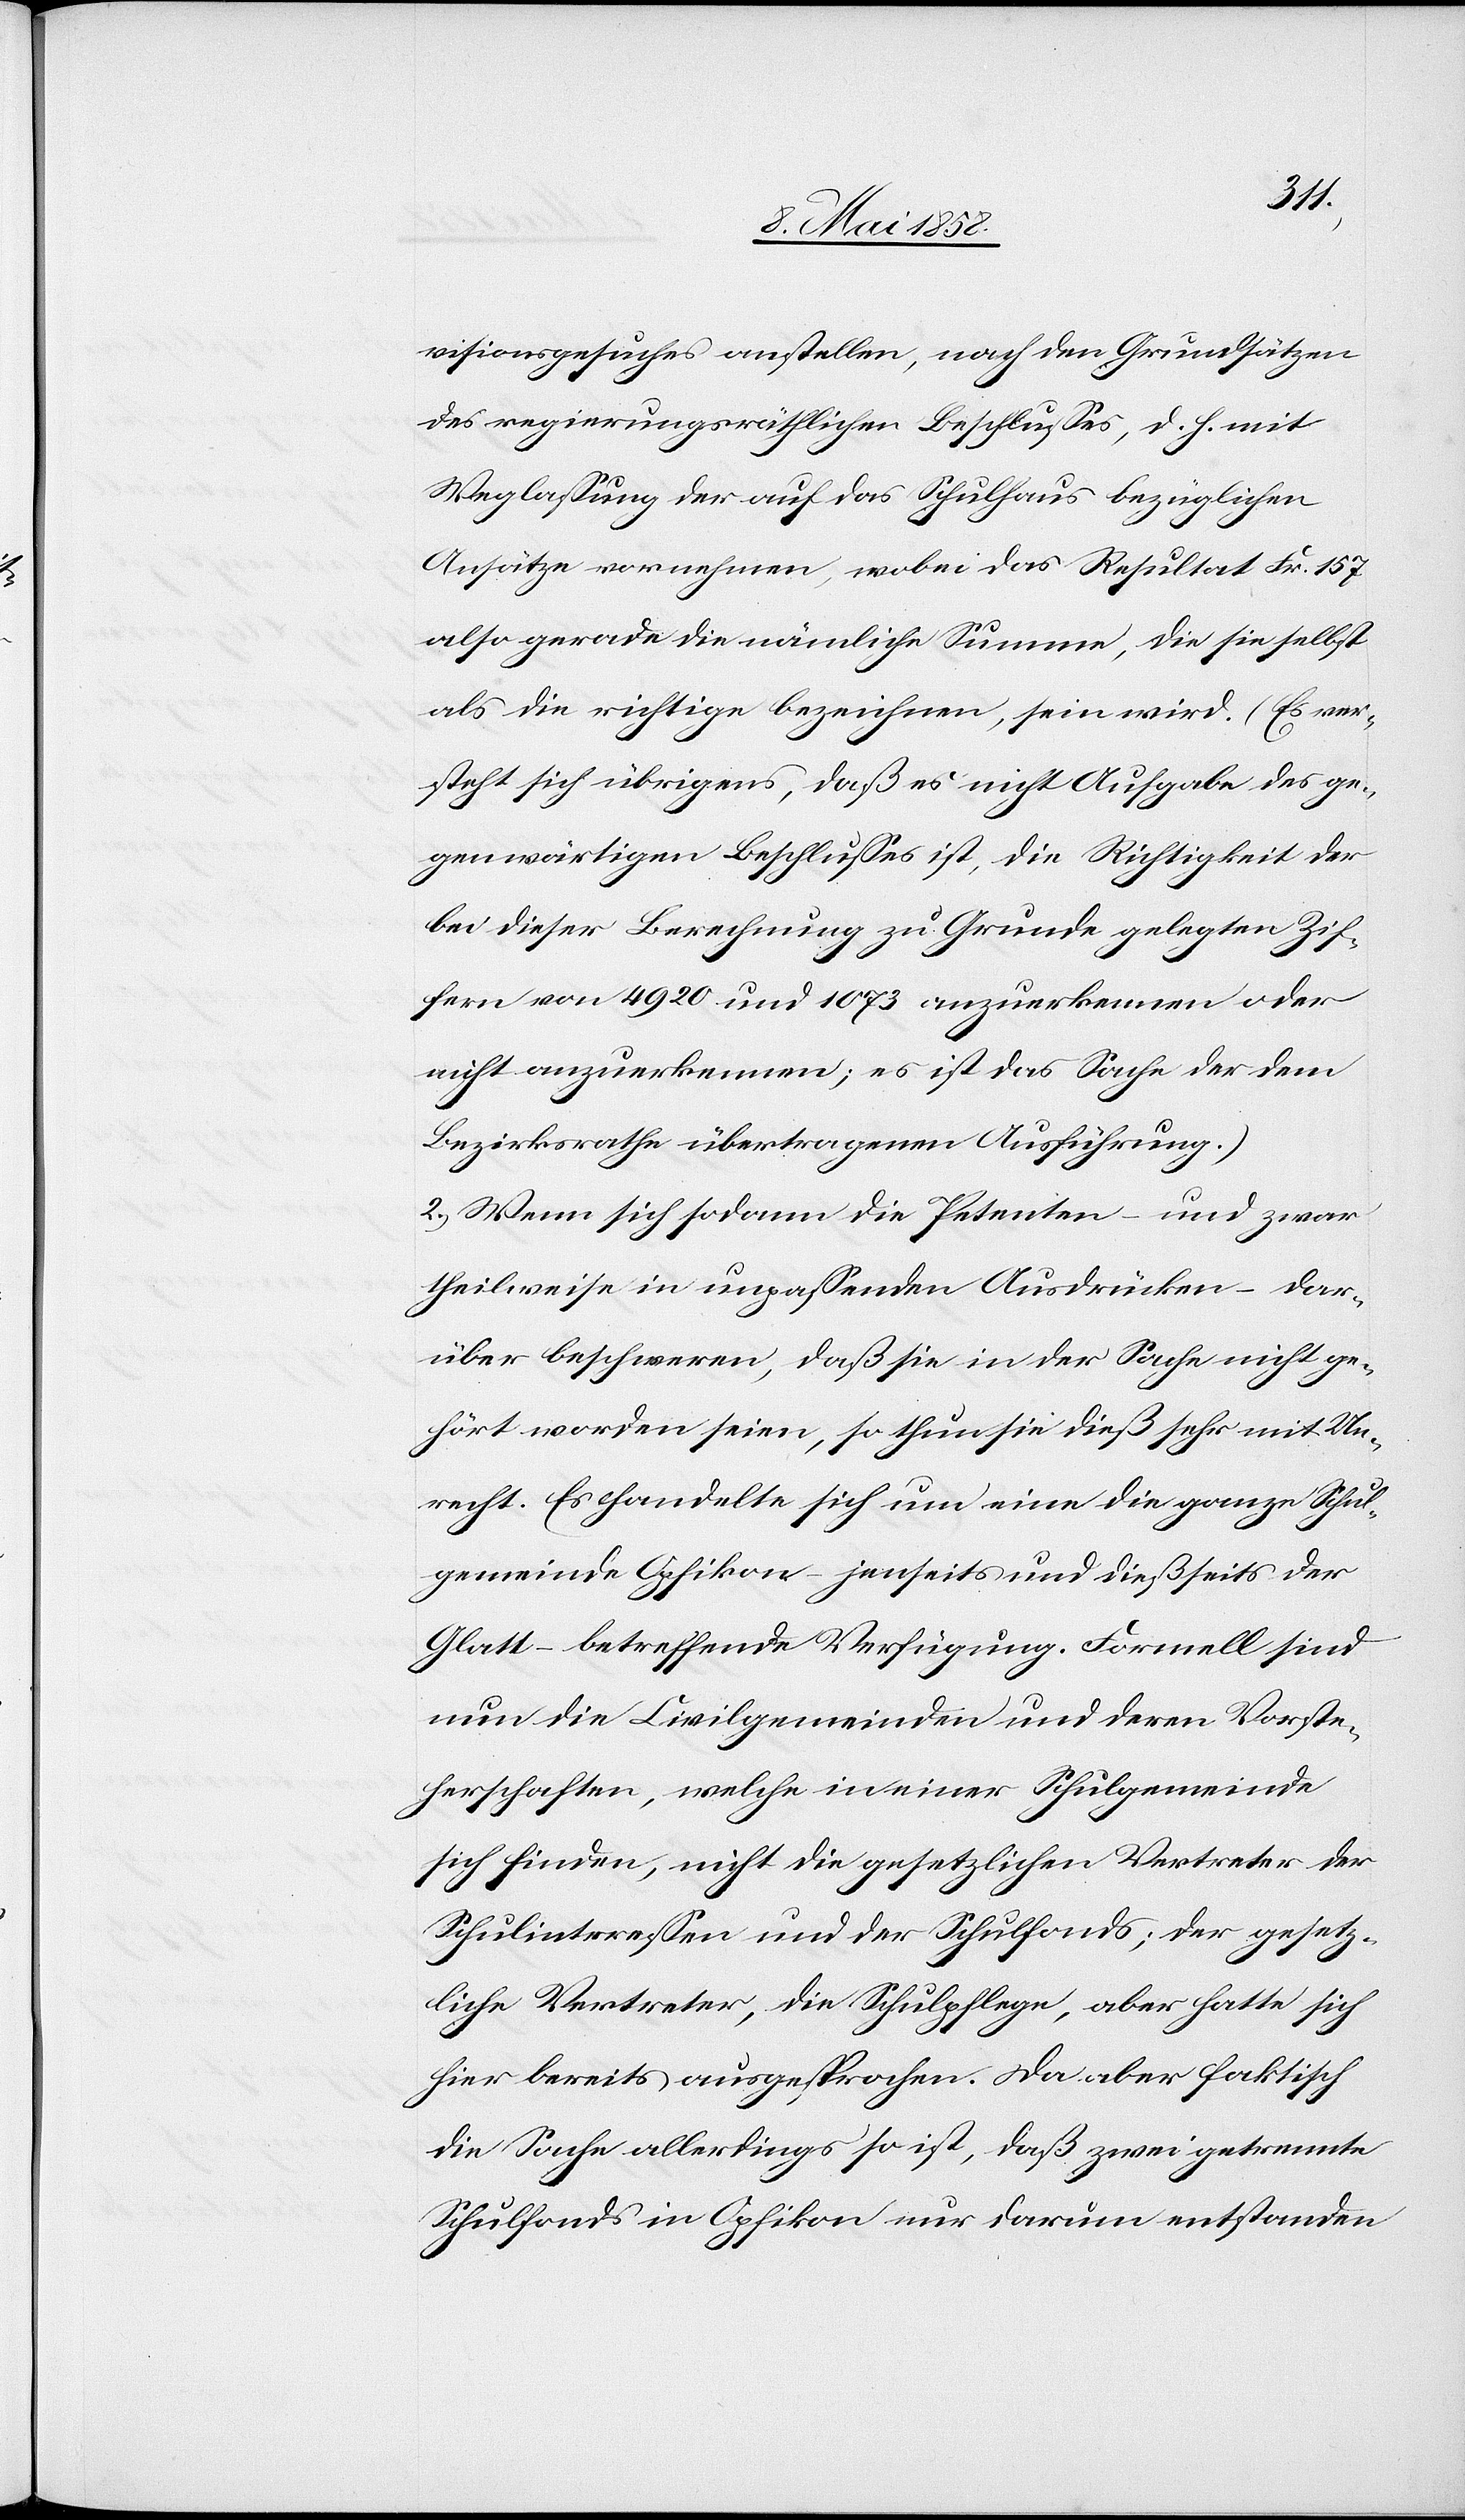
visionsgesuches anstellen, nach den Grundsätzen
des regierungsräthlichen Beschlusses, d. h. mit
Weglassung der auf das Schulhaus bezüglichen
Ansätze vornehmen, wobei das Resultat Fr. 157
also gerade die nämliche Summe, die sie selbst
als die richtige bezeichnen, sein wird. (Es ver¬
steht sich übrigens, daß es nicht Aufgabe des ge¬
genwärtigen Beschlusses ist, die Richtigkeit der
bei dieser Berechnung zur Grunde gelegten Zif¬
fern von 4920 und 1073 anzuerkennen oder
nicht anzuerkennen; es ist das Sache der dem
Bezirksrathe übertragenen Ausführung.)
2.) Wenn sich sodann die Petenten – und zwar
theilweise in unpassenden Ausdrücken – dar¬
über beschweren, daß sie in der Sache nicht ge¬
hört worden seien, so thun sie dieß sehr mit Un¬
recht. Es handelte sich um eine die ganze Schul¬
gemeinde Opfikon jenseits und dießseits der
Glatt – betreffende Verfügung. Formell sind
nun die Civilgemeinden und deren Vorste¬
herschaften, welche in einer Schulgemeinde
sich finden, nicht die gesetzlichen Vertreter der
Schulinteressen und der Schulfonds; der gesetz¬
liche Vertreter, die Schulpflege, aber hatte sich
hier bereits ausgesprochen. Da aber faktisch
die Sache allerdings so ist, daß zwei getrennte
Schulfonds in Opfikon nur darum entstanden